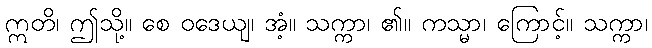
ဣတိ၊ ဤသို့။ စေ ဝဒေယျ၊ အံ့။ သက္ကာ၊ ၏။ ကသ္မာ၊ ကြောင့်။ သက္ကာ၊